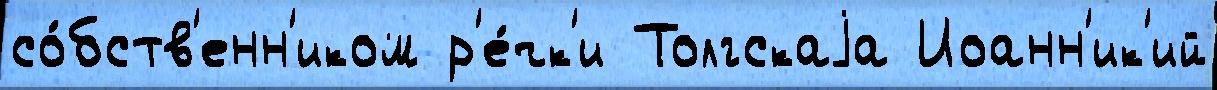
со́бств'енн'иком р'е́чк'и Толгскаjа Иоанн'ик'ий